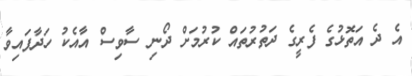
އެ ދެ އަތޮޅުގެ ފެރީގެ ދަތުރުތައް ކުރުމަށް ދޯނި ސާވިސް އާއެކު ހަދާފައިވާ